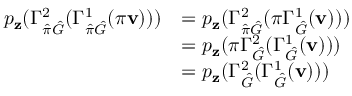
\begin{array} { r l } { p _ { \mathbf { z } } ( \Gamma _ { \hat { \pi } \hat { G } } ^ { 2 } ( \Gamma _ { \hat { \pi } \hat { G } } ^ { 1 } ( \pi \mathbf { v } ) ) ) } & { = p _ { \mathbf { z } } ( \Gamma _ { \hat { \pi } \hat { G } } ^ { 2 } ( \pi \Gamma _ { \hat { G } } ^ { 1 } ( \mathbf { v } ) ) ) } \\ & { = p _ { \mathbf { z } } ( \pi \Gamma _ { \hat { G } } ^ { 2 } ( \Gamma _ { \hat { G } } ^ { 1 } ( \mathbf { v } ) ) ) } \\ & { = p _ { \mathbf { z } } ( \Gamma _ { \hat { G } } ^ { 2 } ( \Gamma _ { \hat { G } } ^ { 1 } ( \mathbf { v } ) ) ) } \end{array}